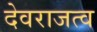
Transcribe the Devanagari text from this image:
देवराजत्व